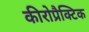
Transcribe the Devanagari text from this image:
कीरोप्रैक्टिक